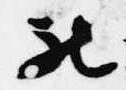
被